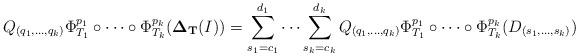
LaTeX: \begin{align*}Q_{(q_1,\ldots, q_k)}\Phi_{T_1}^{p_1}\circ \cdots \circ \Phi_{T_k}^{p_k}({\bf \Delta_{T}}(I))=\sum_{s_1=c_1}^{d_1}\cdots \sum_{s_k=c_k}^{d_k}Q_{(q_1,\ldots, q_k)}\Phi_{T_1}^{p_1}\circ \cdots \circ \Phi_{T_k}^{p_k}(D_{(s_1,\ldots, s_k)})\end{align*}